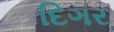
દિગર